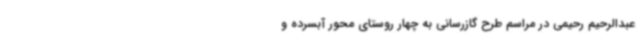
عبدالرحیم رحیمی در مراسم طرح گازرسانی به چهار روستای محور آبسرده و